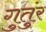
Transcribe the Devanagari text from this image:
गुतुंर